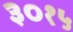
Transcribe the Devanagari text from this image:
३०१५